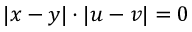
| x - y | \cdot | u - v | = 0